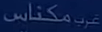
مكنااس غرب